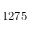
1 2 7 5